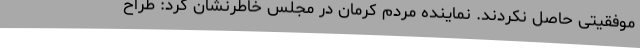
موفقیتی حاصل نکردند. نماینده مردم کرمان در مجلس خاطرنشان کرد: طراح